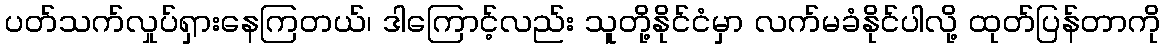
ပတ်သက်လှုပ်ရှားနေကြတယ်၊ ဒါကြောင့်လည်း သူတို့နိုင်ငံမှာ လက်မခံနိုင်ပါလို့ ထုတ်ပြန်တာကို